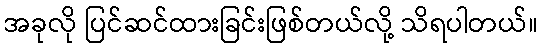
အခုလို ပြင်ဆင်ထားခြင်းဖြစ်တယ်လို့ သိရပါတယ်။